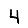
Digit: 4